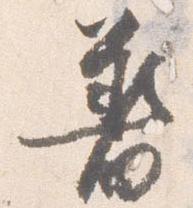
着